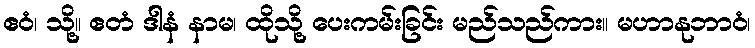
ဧဝံ၊ သို့။ ဧတံ ဒါနံ နာမ၊ ထိုသို့ ပေးကမ်းခြင်း မည်သည်ကား။ မဟာနုဘာဝံ၊